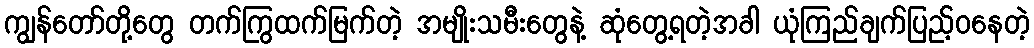
ကျွန်တော်တို့တွေ တက်ကြွထက်မြက်တဲ့ အမျိုးသမီးတွေနဲ့ ဆုံတွေ့ရတဲ့အခါ ယုံကြည်ချက်ပြည့်ဝနေတဲ့